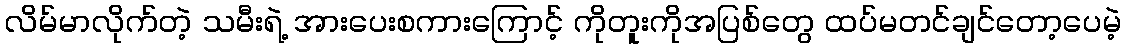
လိမ်မာလိုက်တဲ့ သမီးရဲ့ အားပေးစကားကြောင့် ကိုတူးကိုအပြစ်တွေ ထပ်မတင်ချင်တော့ပေမဲ့